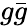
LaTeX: g{\bar{g}}